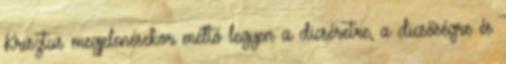
Krisztus megjelenésekor méltó legyen a dicséretre, a dicsőségre és